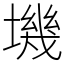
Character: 㙨